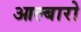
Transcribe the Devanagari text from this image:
आल्बारो